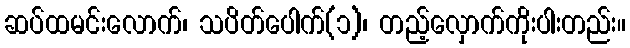
ဆပ်ထမင်းလောက်၊ သပိတ်ပေါက်(၁)၊ တည့်လှောက်ကိုးပါးတည်း။